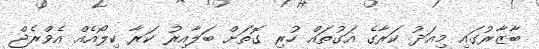
ބާޒާރުގައި މިއަދު ކަރާގެ އަގުތައް ހުރި ގޮތަށް ބަލާއިރު ކަރާ ކިލޯއެއް އެވްރެޖް